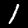
Label: 1